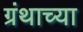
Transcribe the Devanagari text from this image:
ग्रंथाच्‍या